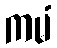
ကမံ